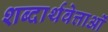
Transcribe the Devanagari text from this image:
शब्दार्थवेत्ताओं